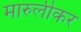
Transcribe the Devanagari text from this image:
मारुलीकर